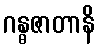
ဂန္ဓဇာတာနိ